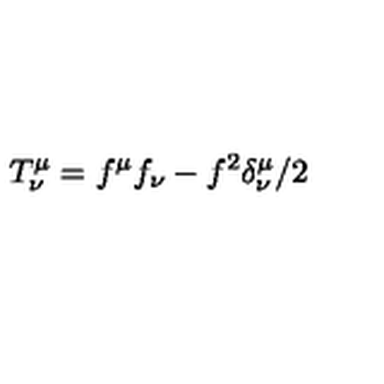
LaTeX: T _ { \nu } ^ { \mu } = f ^ { \mu } f _ { \nu } - f ^ { 2 } \delta _ { \nu } ^ { \mu } / 2